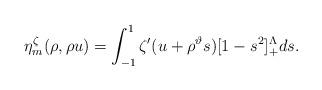
LaTeX: \begin{align*}\eta_{m}^\zeta(\rho,\rho u)=\int_{-1}^1\zeta'(u+\rho^\vartheta s)[1-s^2]_+^\Lambda ds.\end{align*}